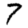
Digit: 7